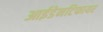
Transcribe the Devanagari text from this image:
आईडेनटिफायर